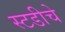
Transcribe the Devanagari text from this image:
स्टडीचे